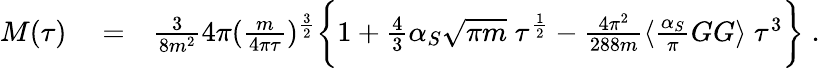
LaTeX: \begin{array}{rlr}{M(\tau)}&{{}=}&{\frac{3}{8m^{2}}4\pi(\frac{m}{4\pi\tau})^{\frac{3}{2}}\biggl\lbrace 1+\frac{4}{3}\alpha_{S}\sqrt{\pi m}\; \tau^{\frac{1}{2}}-\frac{4\pi^{2}}{288m}\langle\frac{\alpha_{S}}{\pi}GG\rangle\; \tau^{3}\biggr\rbrace\; .}\end{array}